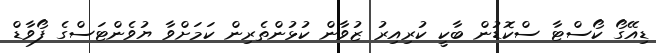
ޑިއޭގޯ ކޯސްޓާ ސްކޮޑުން ބާކީ ކުރިއިރު ޒުވާން ކުޅުންތެރިން ކަމަށްވާ ޔުވެންޓަސްގެ ފޯވާޑް